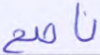
ناصح